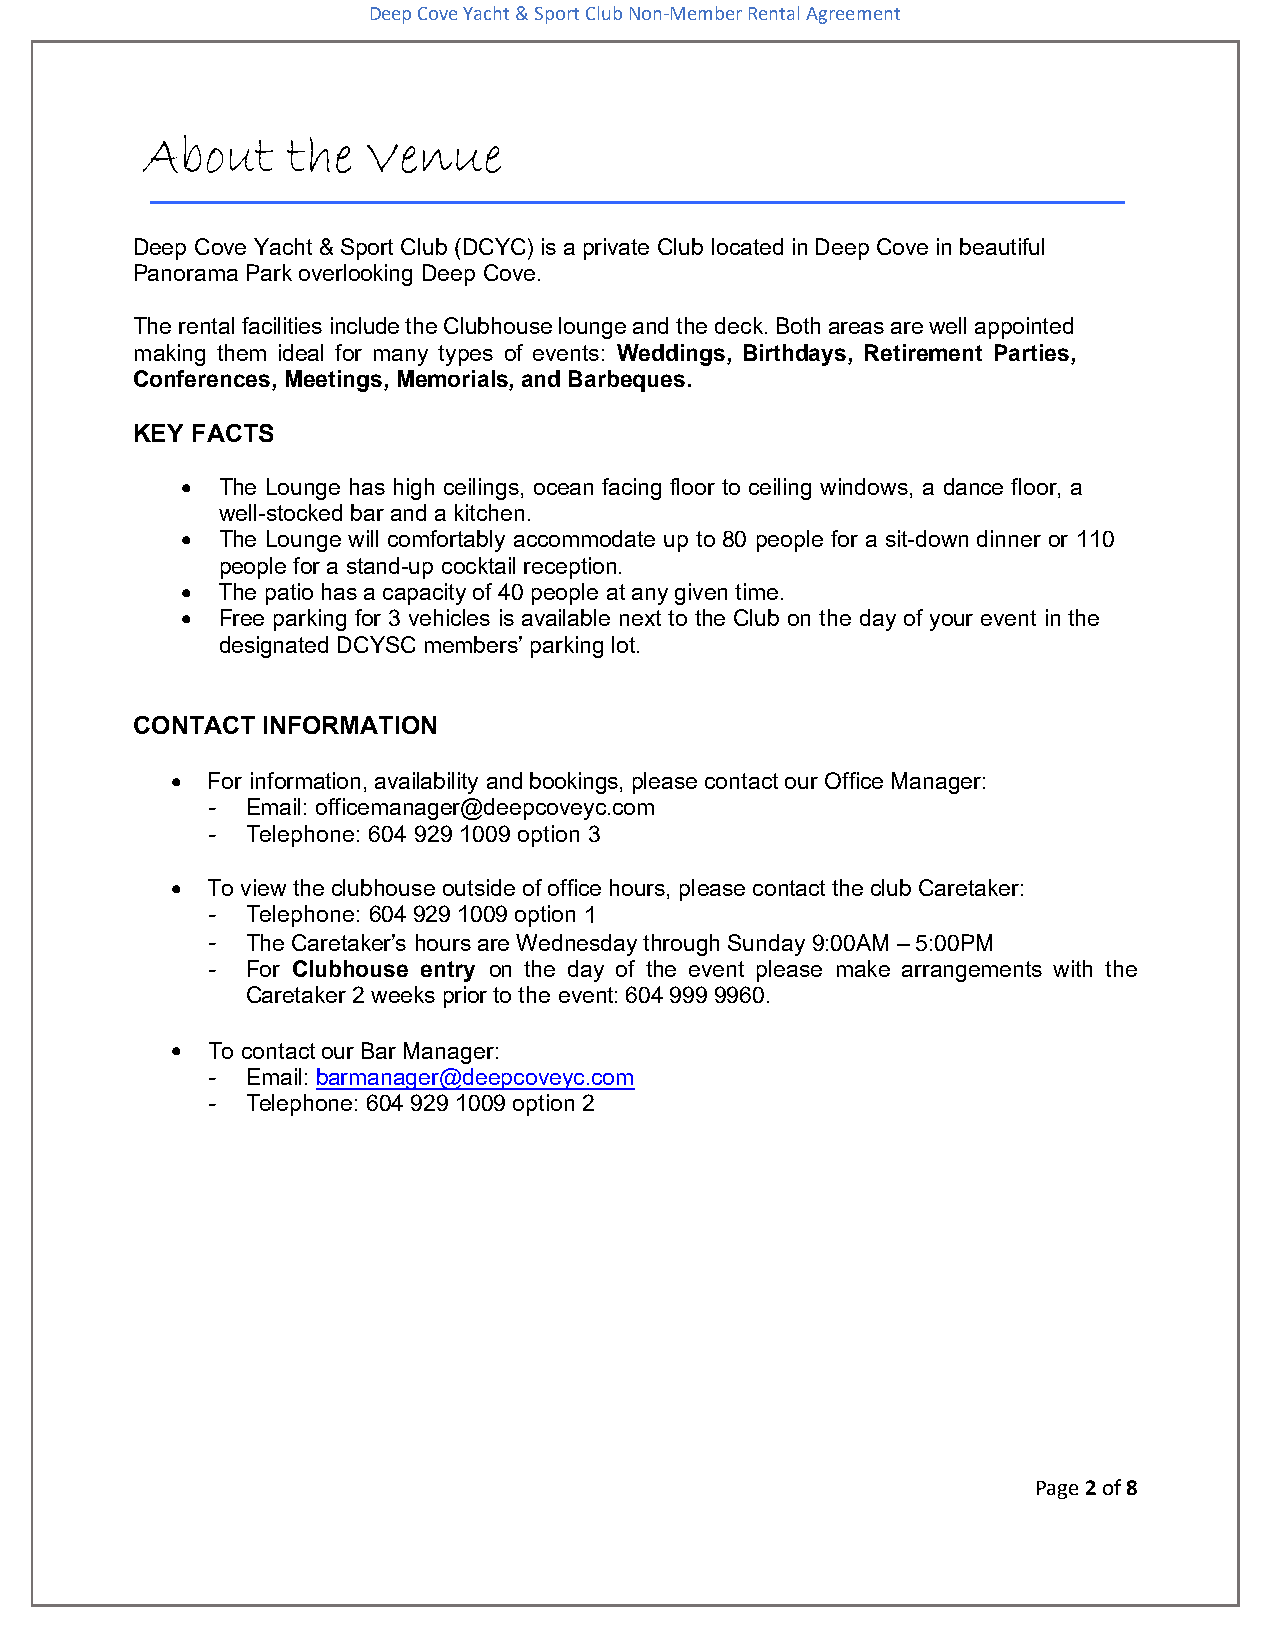
Deep Cove Yacht & Sport Club Non-Member Rental Agreement
 About    the  Venue
 Deep Cove Yacht & Sport Club (DCYC) is a private Club located in Deep Cove in beautiful
 Panorama Park overlooking Deep Cove.
 The rental facilities include the Clubhouse lounge and the deck. Both areas are well appointed
 making them ideal for many types of events: Weddings, Birthdays, Retirement Parties,
 Conferences, Meetings, Memorials, and Barbeques.
 KEY FACTS
  The Lounge has high ceilings, ocean facing floor to ceiling windows, a dance floor, a
 well-stocked bar and a kitchen.
  The Lounge will comfortably accommodate up to 80 people for a sit-down dinner or 110
 people for a stand-up cocktail reception.
  The patio has a capacity of 40 people at any given time.
  Free parking for 3 vehicles is available next to the Club on the day of your event in the
 designated DCYSC members’ parking lot.
 CONTACT INFORMATION
   For information, availability and bookings, please contact our Office Manager:
 - Email: officemanager@deepcoveyc.com
 - Telephone: 604 929 1009 option 3
   To view the clubhouse outside of office hours, please contact the club Caretaker:
 - Telephone: 604 929 1009 option 1
 - The Caretaker’s hours are Wednesday through Sunday 9:00AM – 5:00PM
 - For Clubhouse entry on the day of the event please make arrangements with the
 Caretaker 2 weeks prior to the event: 604 999 9960.
   To contact our Bar Manager:
 - Email: barmanager@deepcoveyc.com
 - Telephone: 604 929 1009 option 2
 Page 2 of 8